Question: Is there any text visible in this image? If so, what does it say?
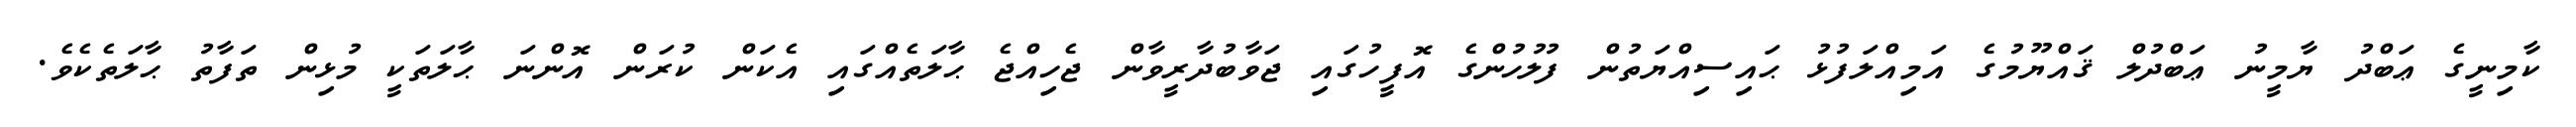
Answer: ކާމިނީގެ ޢަބްދު ޔާމީނު ޢަބްދުލް ޤައްޔޫމުގެ އަމިއްލަފުޅު ޙައިސިއްޔަތުން ފުލުހުންގެ އޮފީހުގައި ޖަވާބުދާރީވާން ޖެހިއްޖެ ޙާލަތެއްގައި އެކަން ކުރަން އޮންނަ ޙާލަތަކީ މުޅިން ތަފާތު ޙާލަތެކެވެ.